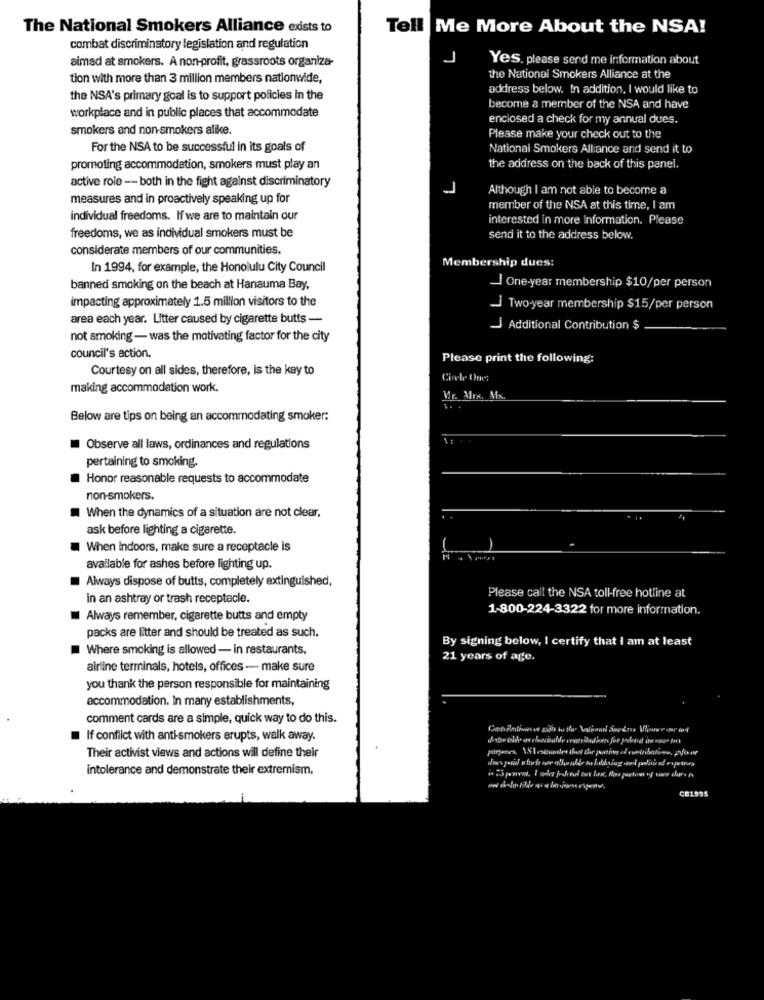
The National Smokers Alliance exists to
Tell Me More About the NSA!
combat discriminatory legislation and regulation
aimad at smokers. A non-profit, grassroots organiza-
J
Yes. please send me information about
tion with more than 3 million members nationwide,
the National Smokers Alliance at the
address below. In addition, I would like to
the NSA's primary goal is to support policies in the
workplace and in public places that accommodate
become a member of the NSA and have
enclosed a check for my annual dues.
smokers and non-smokers alike.
Please make your check out to the
For the NSA to be successful in its goals of
National Smokers Alliance and send it to
promoting accommodation, smokers must play an
the address on the back of this panel.
active role -- both in the fight against discriminatory
J
Although I am not able to become a
measures and in proactively speaking up for
member of the NSA at this time, I am
individual freedoms. If we are to maintain our
interested in more Information. Please
freedoms, we as individual smokers must be
send it to the address below.
considerate members of our communities.
Membership dues:
In 1994, for example, the Honolulu City Council
banned smoking on the beach at Hanauma Bay,
J One-year membership $10/per person
impacting approximately 1.5 million visitors to the
J Two-year membership $15/per person
area each year. Litter caused by cigarette butts -
J Additional Contribution $
not smoking - was the motivating factor for the city
council's action.
Please print the following:
Courtesy on all sides, therefore, is the key to
Circle One:
making accommodation work.
Mr. Mrs. M.
Below are tips on being an accommodating smoker:
Observe all laws, ordinances and regulations
pertaining to smoking.
Honor reasonable requests to accommodate
non-smokers.
When the dynamics of a situation are not clear,
ask before lighting a cigarette.
When Indoors, make sure a receptacle is
available for ashes before lighting up.
Always dispose of butts, completely extinguished,
in an ashtray or trash receptacle.
Please call the NSA toll-free hotline at
1-800-224-3322 for more information.
Always remember, cigarette butts and empty
packs are litter and should be treated as such.
By signing below, I certify that I am at least
Where smoking is allowed - in restaurants,
21 years of age.
airline terminals, hotels, offices - make sure
you thank the person responsible for maintaining
accommodation. In many establishments,
comment cards are a simple, quick way to do this.
If conflict with anti-smokers erupts, walk away.
Their activist views and actions will define their
does pasid whodo ene almaster so faldaing and palais el enetray
intolerance and demonstrate their extremism.
CE1995
-